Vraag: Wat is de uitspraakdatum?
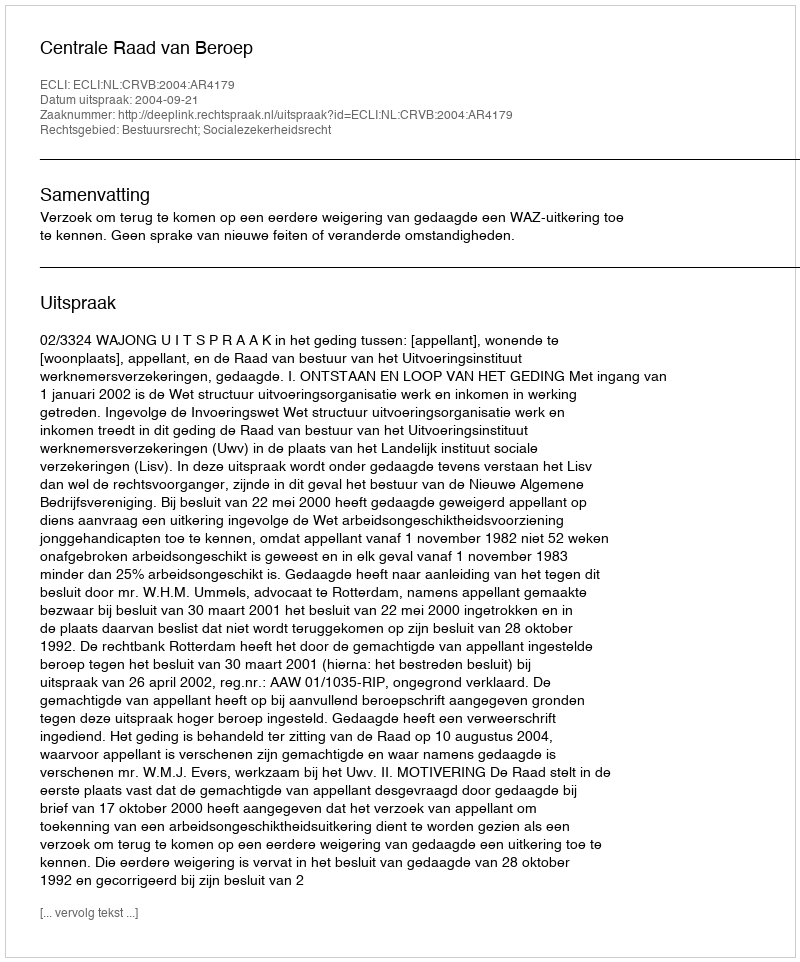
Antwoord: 2004-09-21